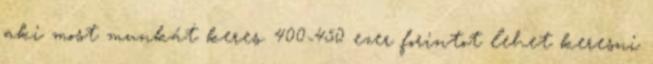
aki most munkát keres. 400-450 ezer forintot lehet keresni